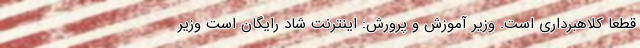
قطعا کلاهبرداری است. وزیر آموزش و پرورش: اینترنت شاد رایگان است وزیر